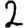
Digit: 2